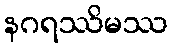
နဂရဿိမဿ